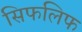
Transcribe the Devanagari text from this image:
सिफलिफ